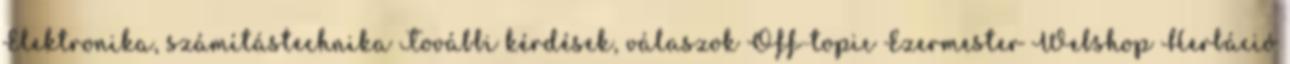
Elektronika, számítástechnika További kérdések, válaszok Off-topic Ezermester Webshop Herbáció